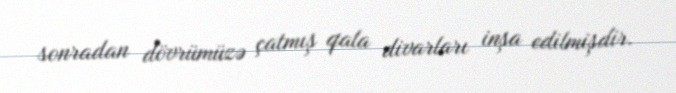
sonradan dövrümüzə çatmış qala divarları inşa edilmişdir.